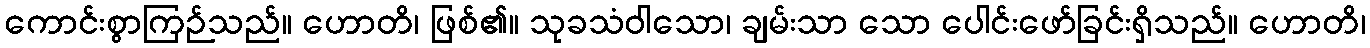
ကောင်းစွာကြဉ်သည်။ ဟောတိ၊ ဖြစ်၏။ သုခသံဝါသော၊ ချမ်းသာ သော ပေါင်းဖော်ခြင်းရှိသည်။ ဟောတိ၊